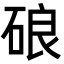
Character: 硠